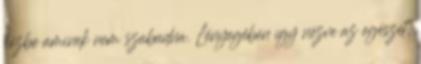
kézbe aminek nem szabadna. Lényegében így nézve az egészet,